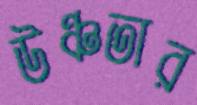
উঞ্চতার